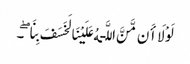
لَوْلَا أَن مَّنَّ اللَّـهُ عَلَیْنَا لَخَسَفَ بِنَا ۖ ۔